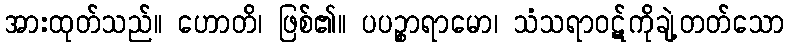
အားထုတ်သည်။ ဟောတိ၊ ဖြစ်၏။ ပပဉ္စာရာမော၊ သံသရာဝဋ်ကိုချဲ့တတ်သော